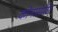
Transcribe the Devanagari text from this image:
कोनासमोर